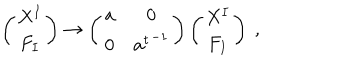
\left( \begin{matrix} { { X ^ { I } } } \\ { { F _ { I } } } \\ \end{matrix} \right) \rightarrow \left( \begin{matrix} { { { \bf a } } } & { { 0 } } \\ { { 0 } } & { { { { \bf a } ^ { t } } ^ { - 1 } } } \\ \end{matrix} \right) \left( \begin{matrix} { { X ^ { I } } } \\ { { F _ { I } } } \\ \end{matrix} \right) \ ,